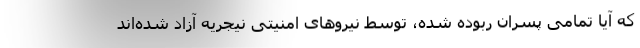
که آیا تمامی پسران ربوده شده، توسط نیروهای امنیتی نیجریه آزاد شده‌اند